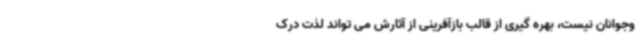
وجوانان نیست، بهره گیری از قالب بازآفرینی از آثارش می تواند لذت درک